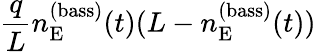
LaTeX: \frac{q}{L}n_{\mathrm{E}}^{(\mathrm{bass})}(t)(L-n_{\mathrm{E}}^{(\mathrm{bass})}(t))